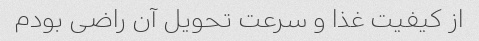
از کیفیت غذا و سرعت تحویل آن راضی بودم